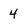
Character: 4